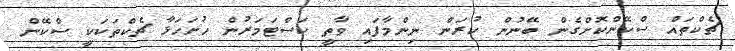
ޗެކްތައް ސްކޭންކޮށްގެން ބޭނުން ކުރަން ނިންމާފައި ވާތީ ކަސްޓަމަރުން ހުށަހަޅާ ޗެކްތަކަކީ ސްކޭން